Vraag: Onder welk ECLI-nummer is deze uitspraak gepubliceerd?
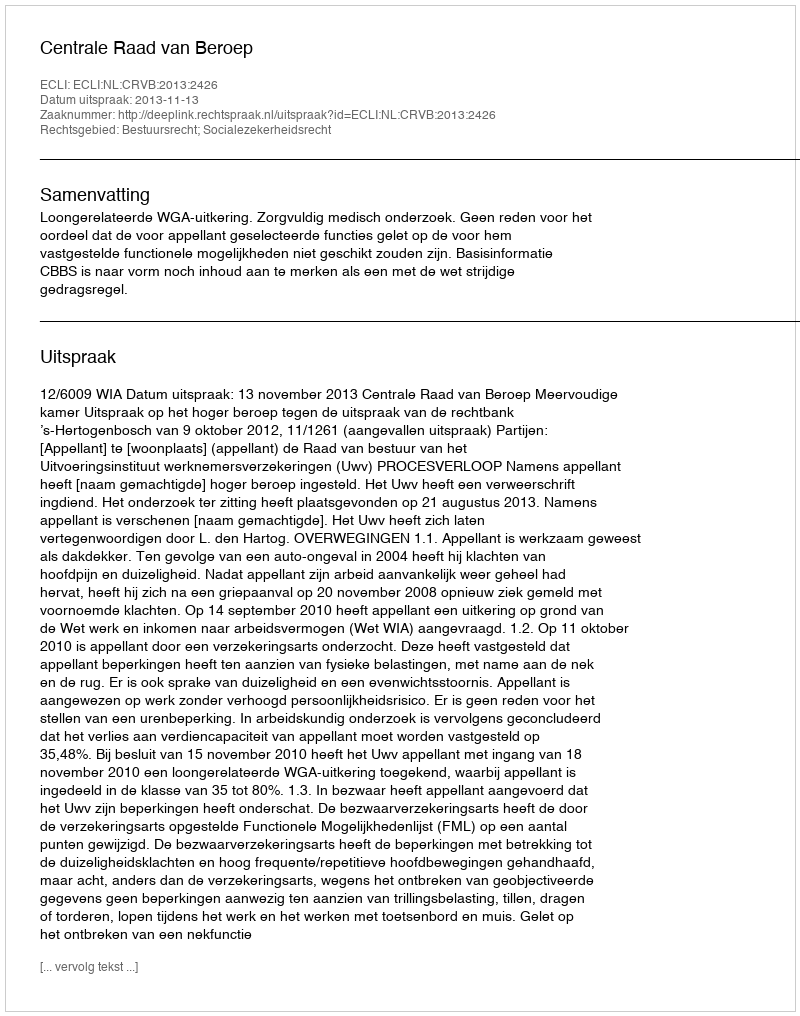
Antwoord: ECLI:NL:CRVB:2013:2426